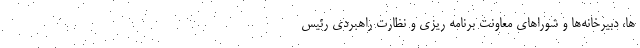
ها، دبیرخانه‌ها و شورا‌های معاونت برنامه ریزی و نظارت راهبردی رئیس